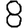
Digit: 8